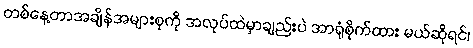
တစ်နေ့တာအချိန်အများစုကို အလုပ်ထဲမှာချည်းပဲ အာရုံစိုက်ထား မယ်ဆိုရင်၊